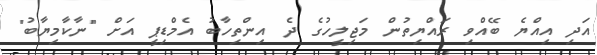
އަދި އިއްޔެ ބޭއްވި ރައްޔިތުން މަޖިލީހުގެ ދެ އިންތިހާބު އެމްޑިޕީ އަށް "ނާކާމިޔާބު"